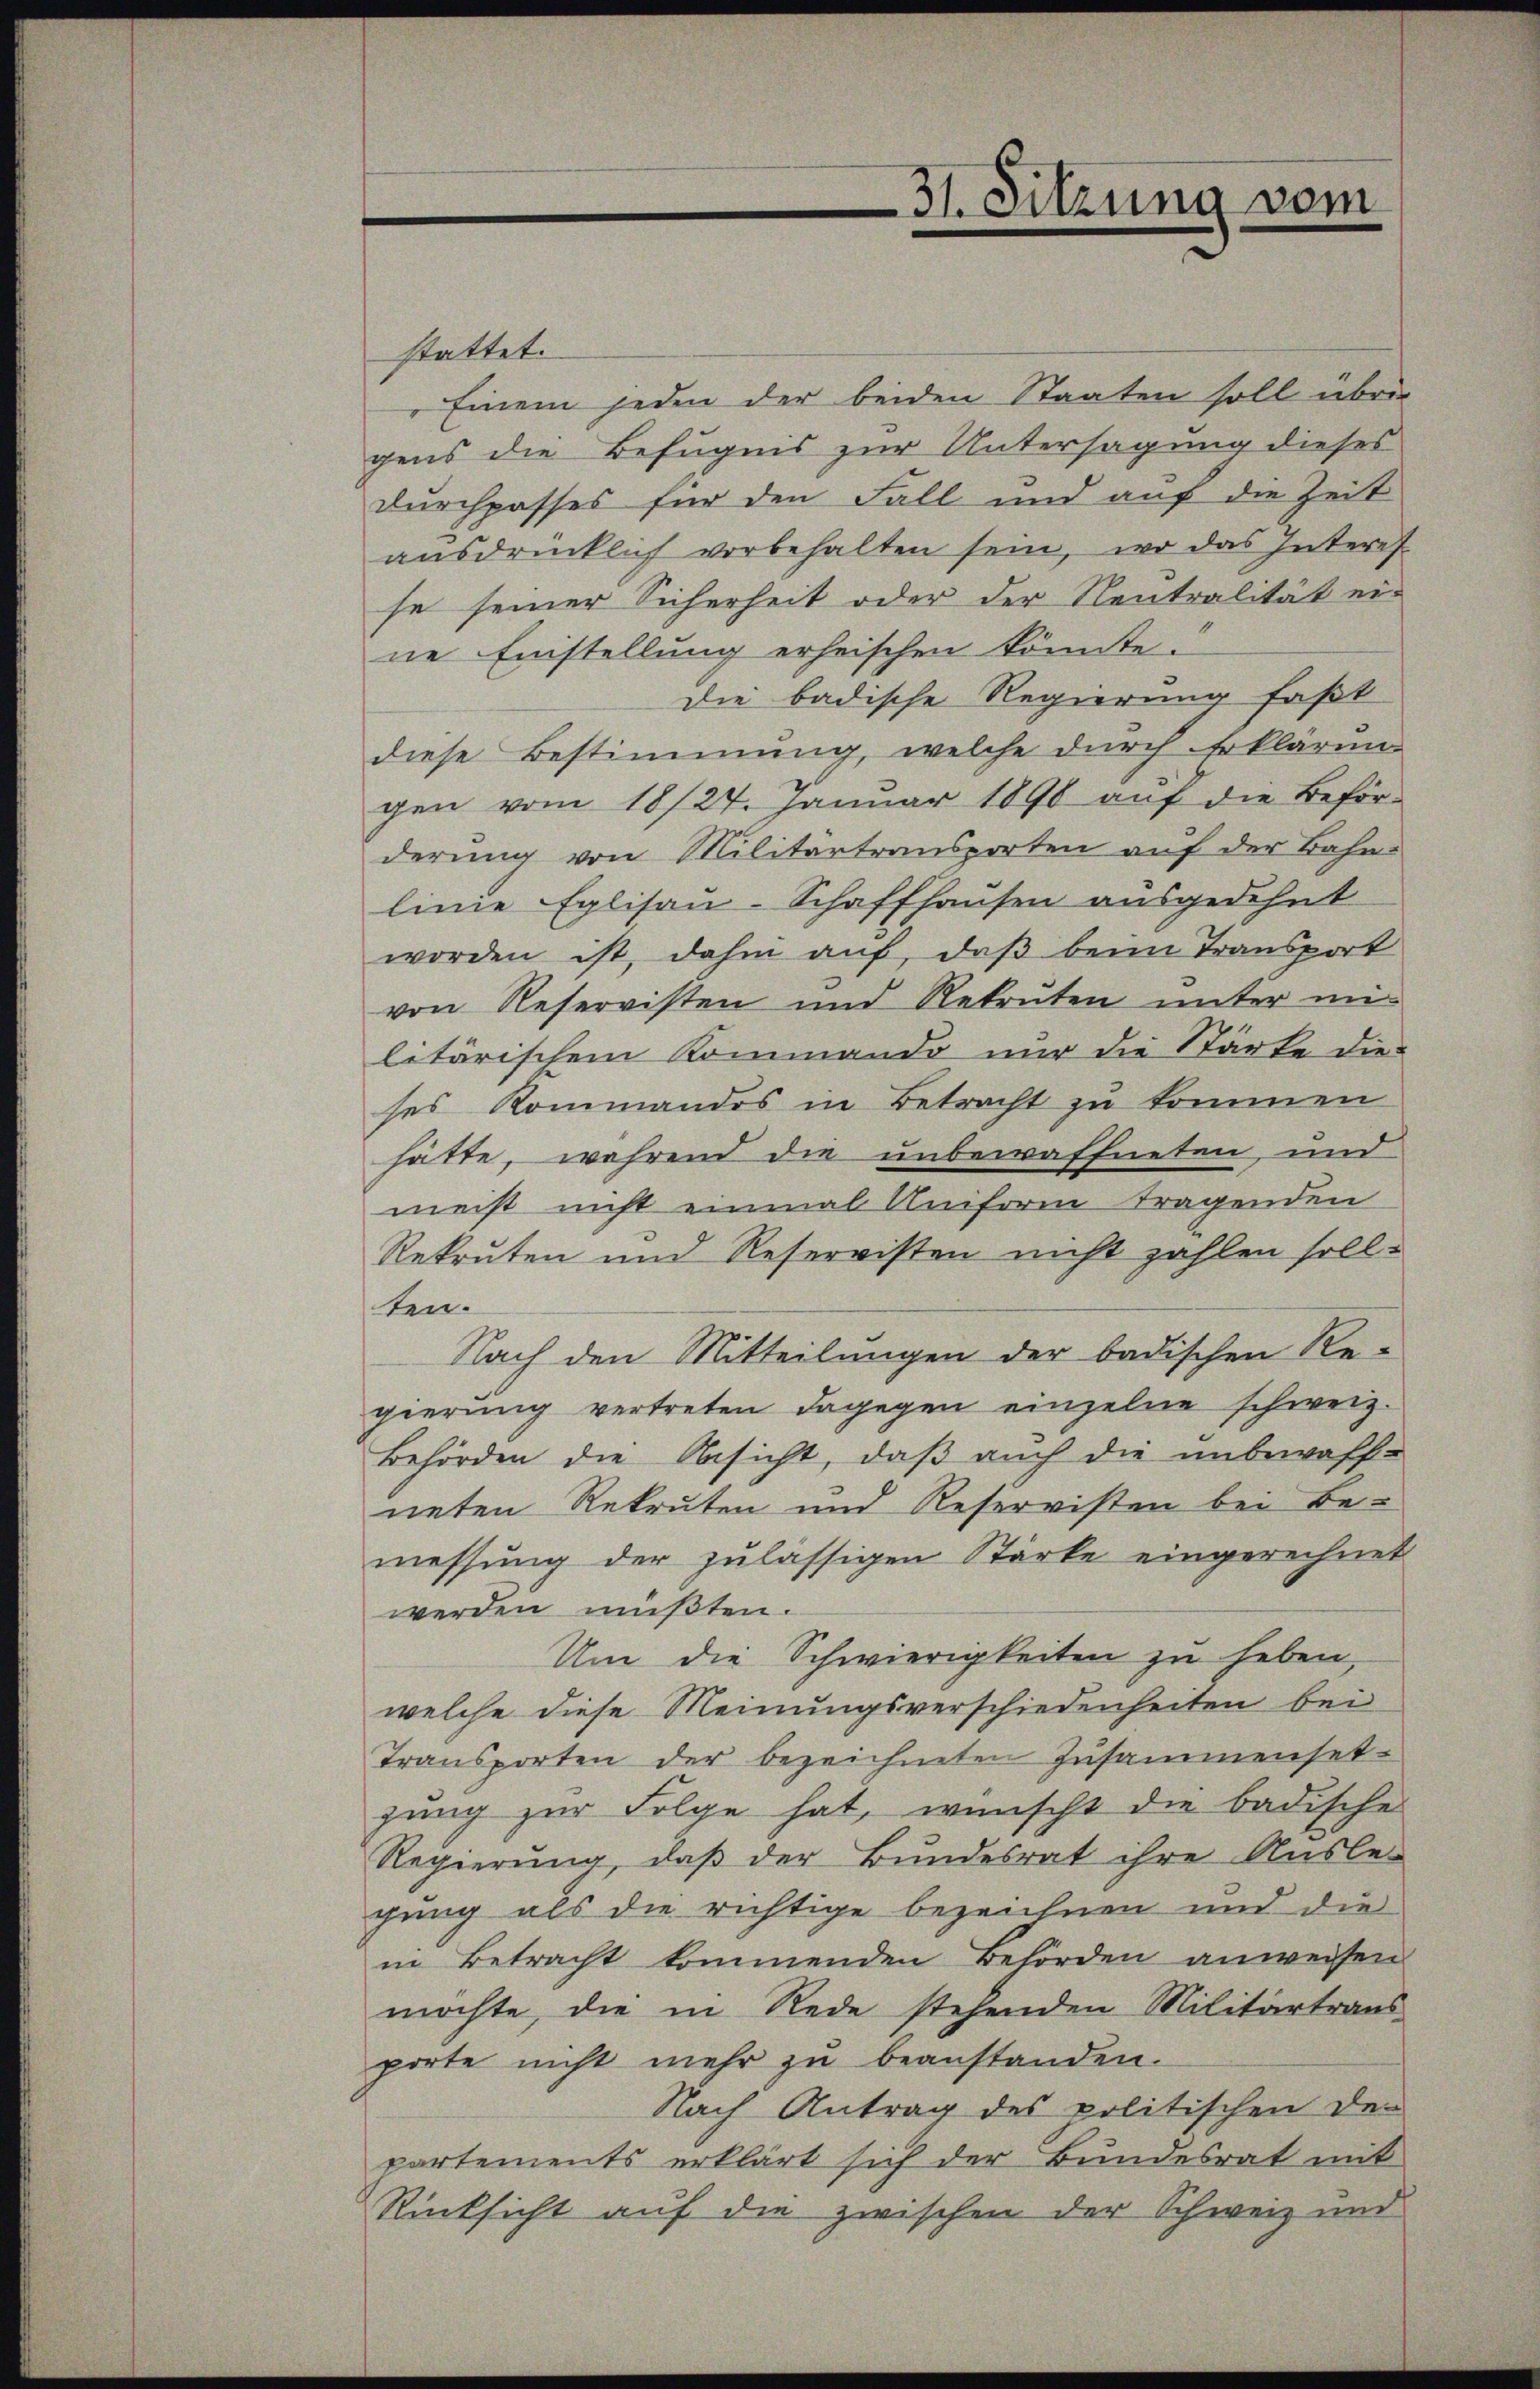
stattet.
Einem jeden der beiden Staaten soll übrig
gens die Befugnis zur Untersagung dieses
Durchpasses für den Fall und auf die Zeit
ausdrücklich vorbehalten sein, wo das Interes
se seiner Sicherheit oder der Rentralität eine Einstellung erheischen könnte.
Die badische Regierung faßt
diese Bestimmung, welche durch Erklärun
gen vom 18/27. Januar 1890 aŭf die Beför-
derung von Militärtransporten auf der Bahn-
linie Eglisau-Schaffhausen ausgedehnt
worden ist, dahin auf, daß beim Transport
von Reservisten und Rekruten unter mi
litärischem Kommando nur die Stärke die
ses Kommandos in Betracht zu kommen
hätte, während die unbewaffneten, und
meist nicht einmal Uniform tragenden
Rekruten und Reservisten nicht zahlen sollten.
Nach den Mitteilungen der badischen Re-
gierung vertreten dagegen einzelne schweiz.
Behörden die Ansicht, daβ aŭch die unbewaff-
neten Rekruten und Reservisten bei Bemessung der zulässigen Stärke eingerechnet
werden müßten.
Um die Schwierigkeiten zu heben,
welche diese Meinungsverschiedenheiten bei
Transporten der bezeichneten Zusammenset-
gung zur Folge hat, wünscht die badische
Regierung, daß der Bundesrat ihre Ausle-
gung als die richtige bezeichnen und die
in Betracht kommenden Behörden anweisen
möchte, die in Rede stehenden Militärtraus
porte nicht mehr zu beanstanden.
Nach Antrag des politischen der
partements erklärt sich der Bundesrat mit
Rücksicht auf die zwischen der Schweiz und

31. Sitzung vom